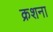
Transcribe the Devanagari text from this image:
क्रशना